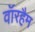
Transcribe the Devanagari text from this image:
वॉरहैम